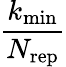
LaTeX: \frac{k_{\mathrm{min}}}{N_{\mathrm{rep}}}